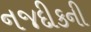
નજદીકની